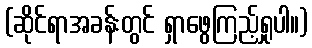
(ဆိုင်ရာအခန်းတွင် ရှာဖွေကြည့်ရှုပါ။)